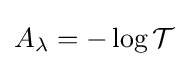
A_{\lambda }=-\log {\mathcal {T}}